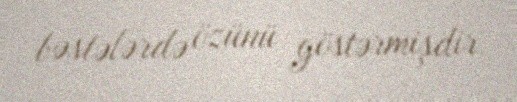
bəstələrdə özünü göstərmişdir.